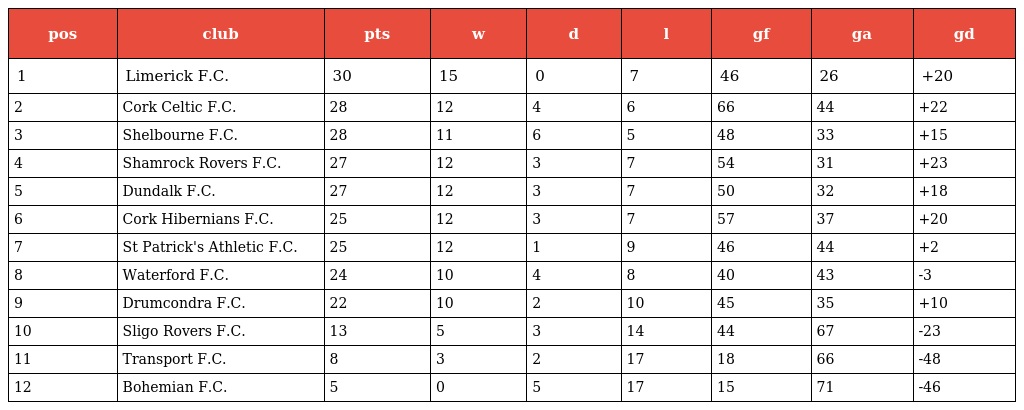
| pos | club | pts | w | d | l | gf | ga | gd |
 | --- | --- | --- | --- | --- | --- | --- | --- | --- |
 | 1 | Limerick F.C. | 30 | 15 | 0 | 7 | 46 | 26 | +20 |
 | 2 | Cork Celtic F.C. | 28 | 12 | 4 | 6 | 66 | 44 | +22 |
 | 3 | Shelbourne F.C. | 28 | 11 | 6 | 5 | 48 | 33 | +15 |
 | 4 | Shamrock Rovers F.C. | 27 | 12 | 3 | 7 | 54 | 31 | +23 |
 | 5 | Dundalk F.C. | 27 | 12 | 3 | 7 | 50 | 32 | +18 |
 | 6 | Cork Hibernians F.C. | 25 | 12 | 3 | 7 | 57 | 37 | +20 |
 | 7 | St Patrick's Athletic F.C. | 25 | 12 | 1 | 9 | 46 | 44 | +2 |
 | 8 | Waterford F.C. | 24 | 10 | 4 | 8 | 40 | 43 | -3 |
 | 9 | Drumcondra F.C. | 22 | 10 | 2 | 10 | 45 | 35 | +10 |
 | 10 | Sligo Rovers F.C. | 13 | 5 | 3 | 14 | 44 | 67 | -23 |
 | 11 | Transport F.C. | 8 | 3 | 2 | 17 | 18 | 66 | -48 |
 | 12 | Bohemian F.C. | 5 | 0 | 5 | 17 | 15 | 71 | -46 |